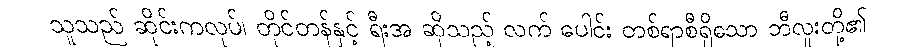
သူသည် ဆိုင်းကလုပ်၊ တိုင်တန်နှင့် ရီးအ ဆိုသည့် လက် ပေါင်း တစ်ရာစီရှိသော ဘီလူးတို့၏